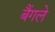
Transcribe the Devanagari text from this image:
बैंगले